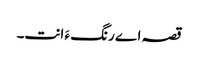
قصہ اے رنگ ءَ انت۔